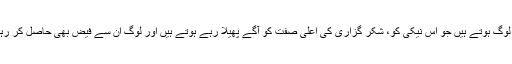
کیونکہ یہ وہ لوگ ہوتے ہیں جو اس نیکی کو، شکر گزاری کی اعلیٰ صفت کو آگے پھیلا رہے ہوتے ہیں اور لوگ ان سے فیض بھی حاصل کر رہے ہوتے ہیں۔